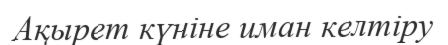
Ақырет күніне иман келтіру